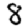
Digit: 8